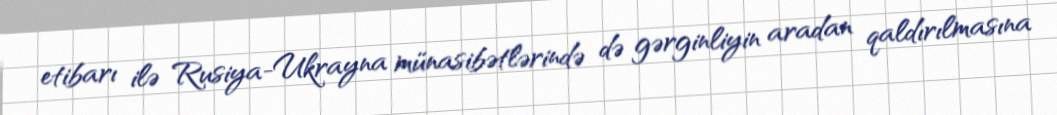
etibarı ilə Rusiya-Ukrayna münasibətlərində də gərginliyin aradan qaldırılmasına